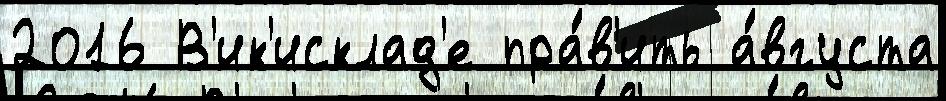
2016 В'ик'исклад'е пра́в'ить а́вгуста